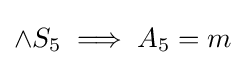
\land S_{5}\implies A_{5}=m